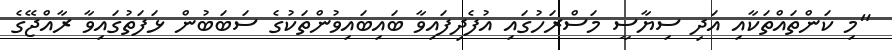
"މި ކަންތައްތަކާއި އަދި ސިޔާސީ މަސްރަހުގައި އުފެދިފައިވާ ބައިބައިވުންތަކުގެ ސަބަބުން ޅަފަތުގައިވާ ރާއްޖޭގެ